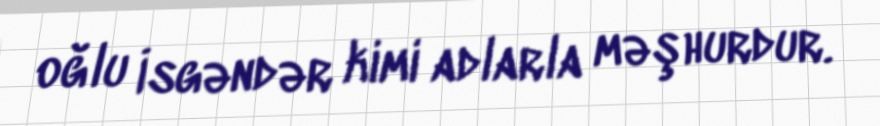
oğlu İsgəndər kimi adlarla məşhurdur.